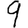
Digit: 9